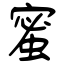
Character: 蜜